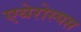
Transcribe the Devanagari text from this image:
एयेरोस्पस